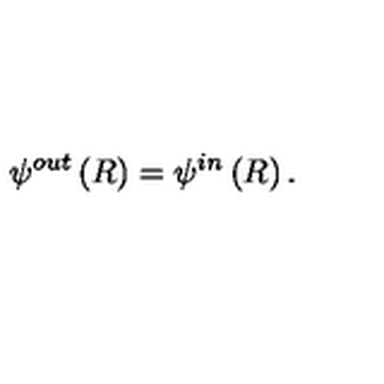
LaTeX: \psi ^ { o u t } \left( R \right) = \psi ^ { i n } \left( R \right) .